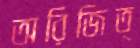
অরিজিত্